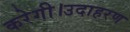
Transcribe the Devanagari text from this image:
करेगी।उदाहरण